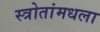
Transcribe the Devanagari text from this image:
स्त्रोतांमधला